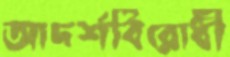
আদর্শবিরোধী